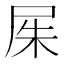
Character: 𡱖